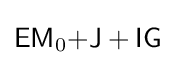
{\mathsf {EM}}_{0}{\mathsf {+J+IG}}